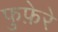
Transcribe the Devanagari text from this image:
फुफ़ेरे